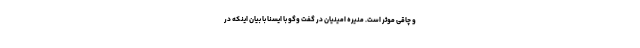
و چاقی موثر است. منیره امینیان در گفت وگو با ایسنا با بیان اینکه در